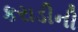
કરાડીની